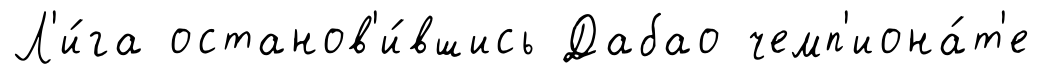
Л'и́га останов'и́вшись Дабао чемп'иона́т'е